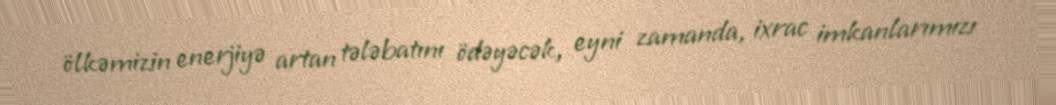
ölkəmizin enerjiyə artan tələbatını ödəyəcək, eyni zamanda, ixrac imkanlarımızı